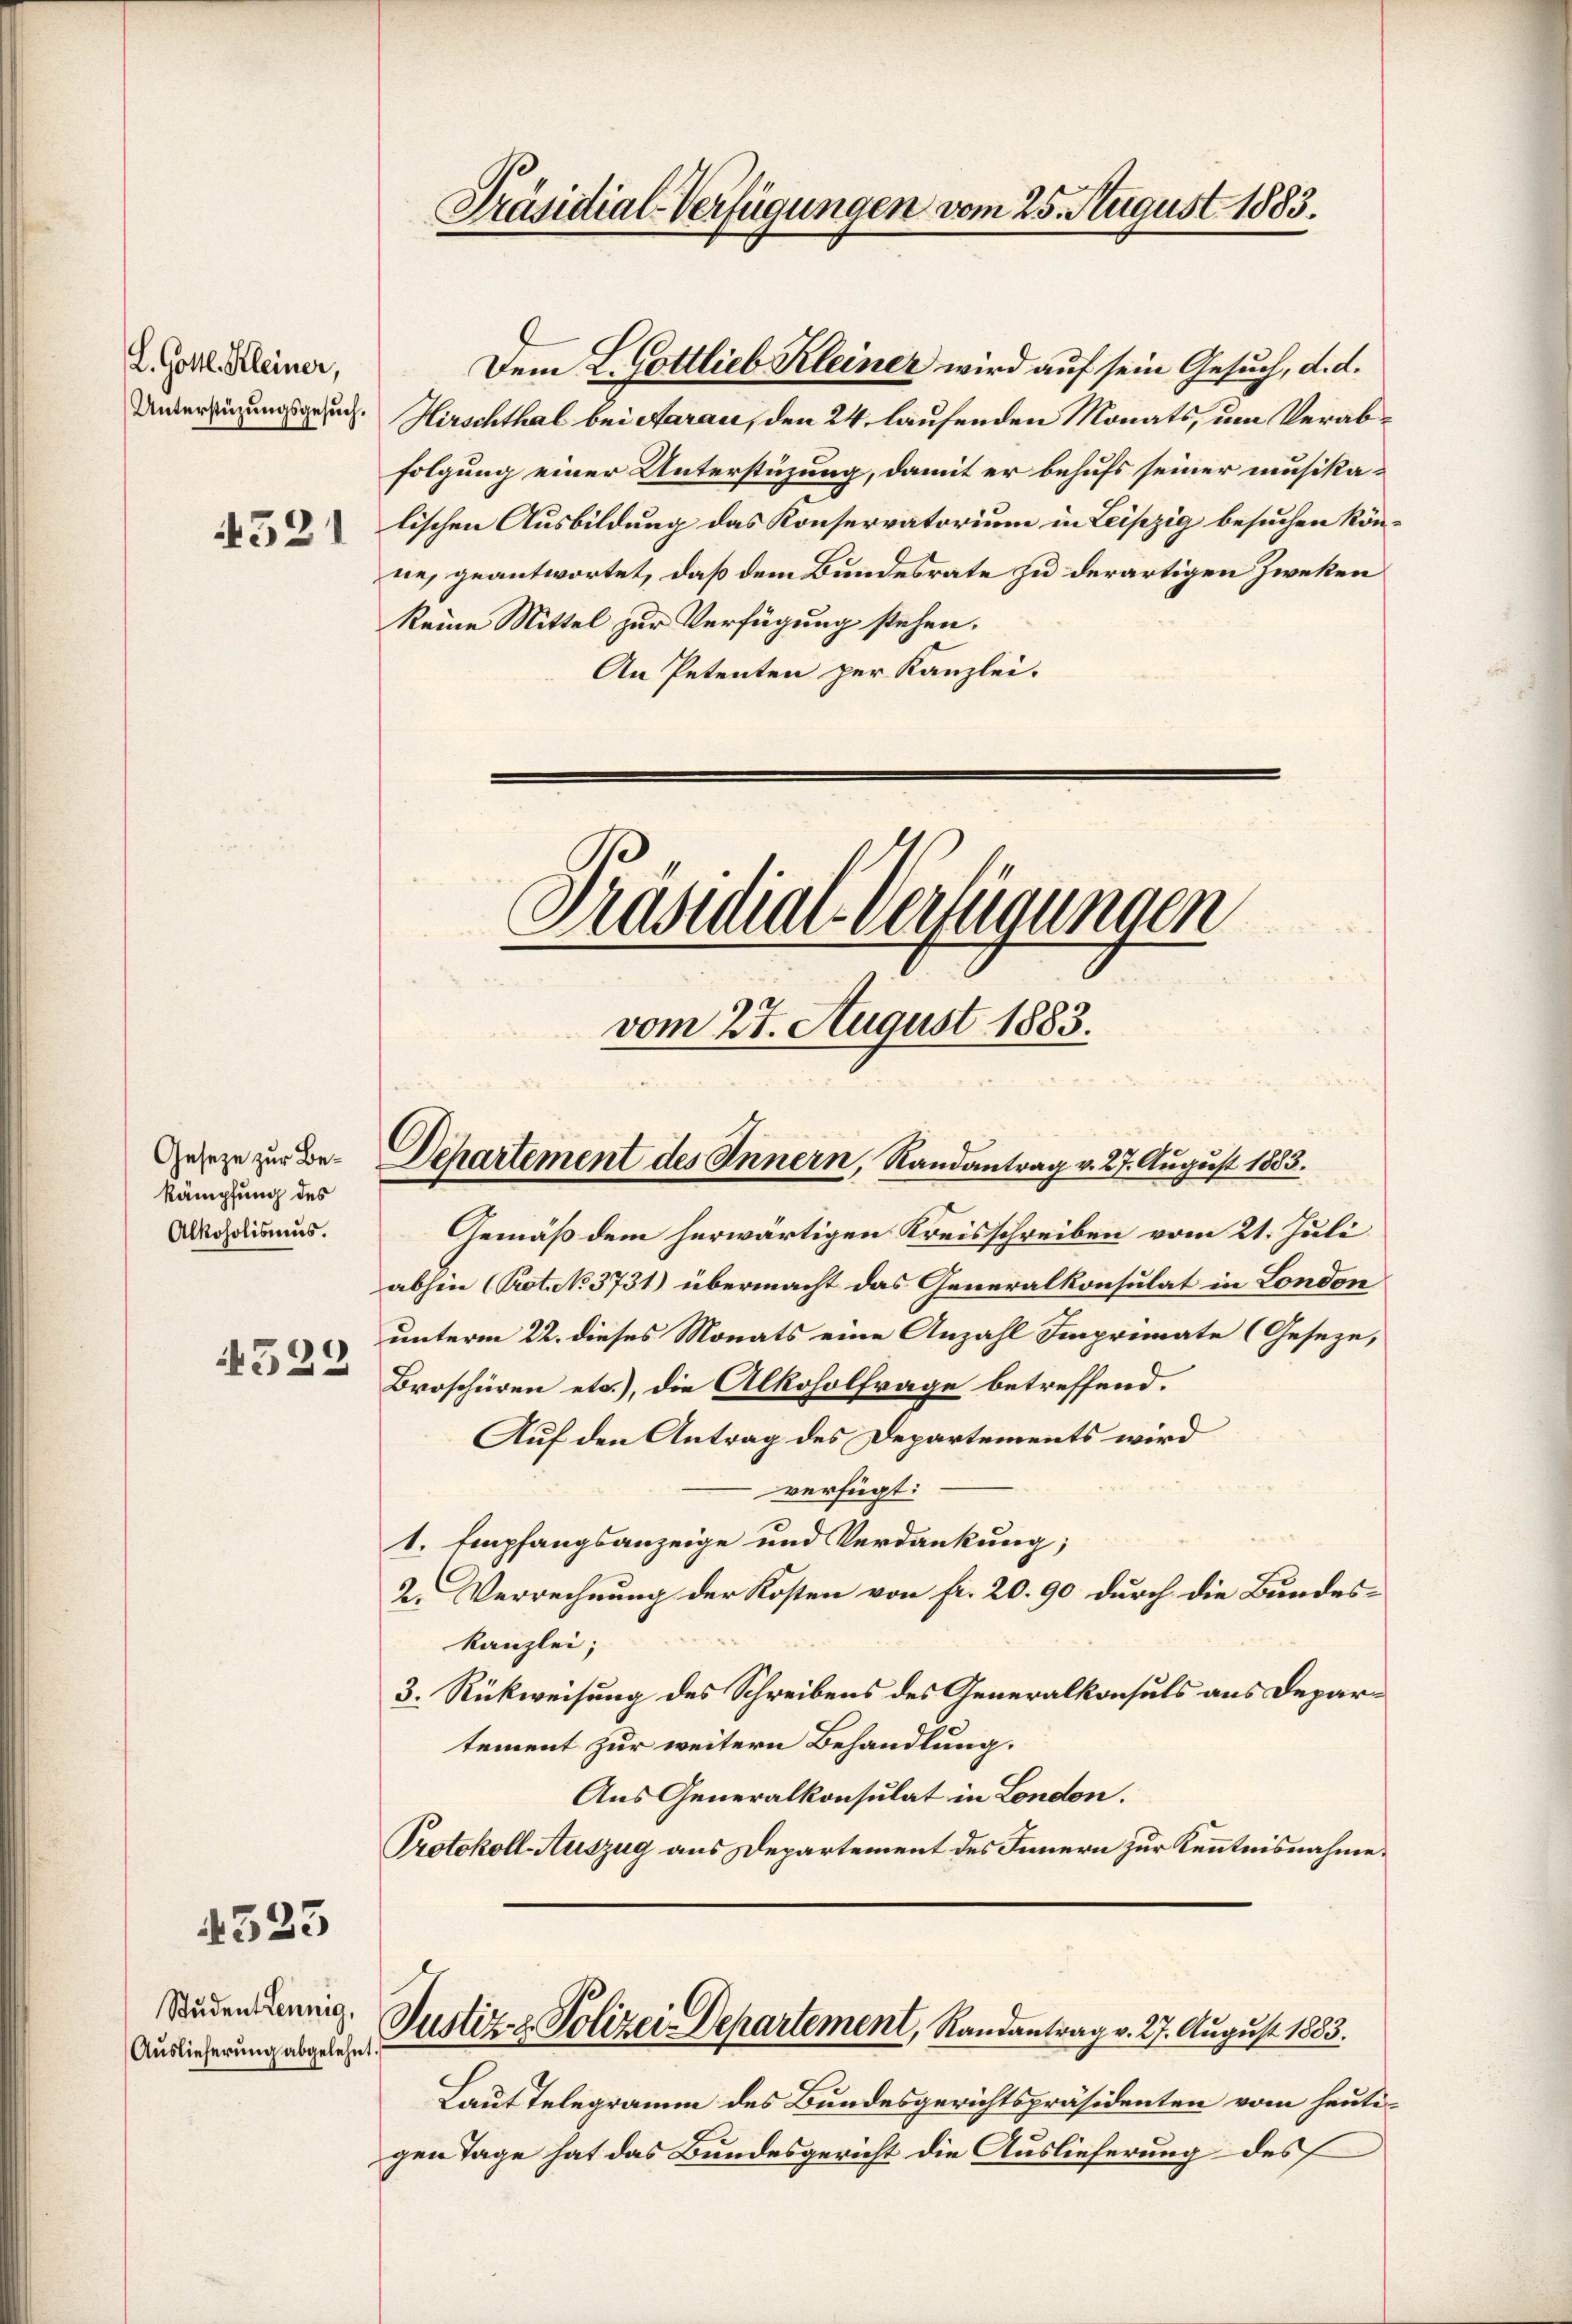
L. Gottl. Kleiner,

4521

Geseze zur Bekämpfung des
Alkoholismus.

4322

4325

Student Lennig,
Auslieferung abgelehnt.

Dem L. Gottlieb Kleiner wird auf sein Gesuch, d. d.
Unterfügungsgesuch. Hirschthal bei Aarau, den 24. laufenden Monats, um Verabfolgung einer Unterstüzung, damit er behufs seiner musikalischen Ausbildung das Konservatorium in Leipzig besuchen könne, geantwortet, daß dem Bundesrate zu derartigen Zweken
keine Mittel zur Verfügung stehen.
An Petenten per Kanzlei.
Präsidial-Verfügungen
|

Präsidial-Verfügungen vom 25. August 1883.

vom 27. August 1883.
Departement des Innern, Randantrag v. 27. August 1883.

Justiz- & Polizei-Departement, Randantrag v. 27. August 1883.

Gemäß dem herwärtigen Kreisschreiben vom 21. Juli
abhin (Prot. No 3731) übermacht das Generalkonsulat in London
unterm 22. dieses Monats eine Anzahl Imprimate (Geseze,
Broschüren etc.), die Alkoholfrage betreffend.
Auf den Antrag des Departements wird
verfügt:
1. Empfangsanzeige und Verdankung;
2. Verrechnung der Kosten von fr. 20. 90 durch die Bundeskanzlei;
3. Rückweisung des Schreibens des Generalkonsuls aus Departement zur weitern Behandlung.
Aus Generalkonsulat in London.
Protokoll-Auszug aus Departement des Innern zur Kenntnisnahme.

Laut Telegramm des Bundesgerichtspräsidenten vom heuti-
gen Tage hat das Bundesgericht die Auslieferung des